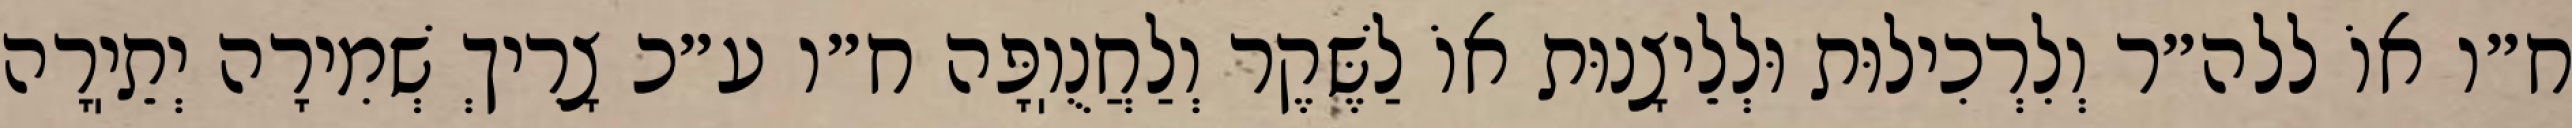
ח״ו אוֹ ללה״ר וְלִרְכִילוּת וּלְלֵיצָנוּת אוֹ לַשֶּׁקֶר וְלַחֲנֻוֽפָּה ח״ו ע״כ צָרִיךְ שְׁמִירָה יְתֵיֽרָה